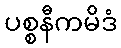
ပစ္စနီကမိဒံ